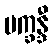
ပက္ခန္ဒီ